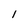
Character: 1